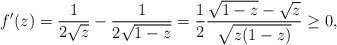
\begin{align*}f'(z) = \frac{1}{2 \sqrt{z}} - \frac{1}{2 \sqrt{1 -z} } = \frac{1}{2} \frac{\sqrt{1 - z} - \sqrt{z}} {\sqrt{z(1-z)}} \geq 0,\end{align*}